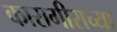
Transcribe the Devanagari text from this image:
कारागीराच्या